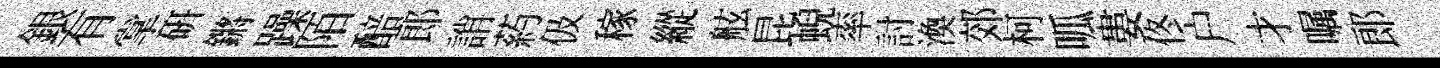
銀有掌研鏘躁陌醅郎誚葯伋稼縱舷昆蜺率討渙郊柯呱婁佟户才嘱郎